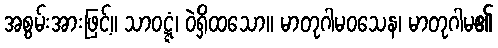
အစွမ်းအားဖြင့်။ သာဝဋ္ဋံ၊ ဝဲရှိထသော။ မာတုဂါမဝသေန၊ မာတုဂါမ၏